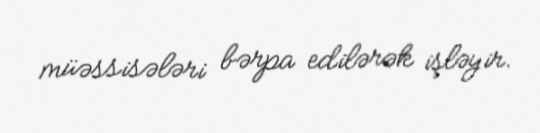
müəssisələri bərpa edilərək işləyir.